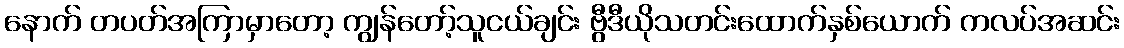
နောက် တပတ်အကြာမှာတော့ ကျွန်တော့်သူငယ်ချင်း ဗွီဒီယိုသတင်းထောက်နှစ်ယောက် ကလပ်အဆင်း